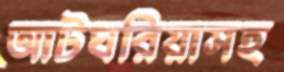
আটঘরিয়াসহ